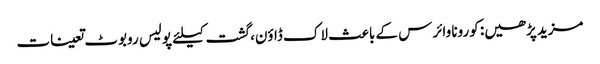
مزید پڑھیں: کورونا وائرس کے باعث لاک ڈاؤن، گشت کیلئے پولیس روبوٹ تعینات